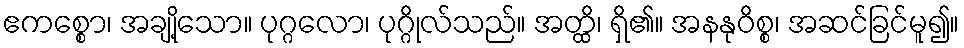
ဧကစ္စော၊ အချို့သော။ ပုဂ္ဂလော၊ ပုဂ္ဂိုလ်သည်။ အတ္ထိ၊ ရှိ၏။ အနနုဝိစ္စ၊ အဆင်ခြင်မူ၍။